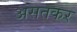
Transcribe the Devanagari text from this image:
असतकर